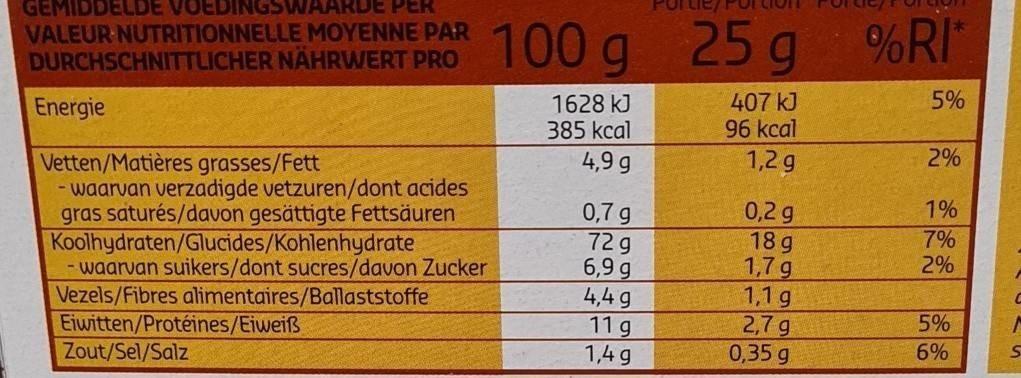
GEMIDDELDE VOEDINGSWAARDE PER VALEUR NUTRITIONNELLE MOYENNE PAR DURCHSCHNITTLICHER NAHRWERT PRO
100 g
25g
%RI
5%
Energie
1628 kJ 385 kcal
407 kJ 96 kcal
4,9 g
1,2g
2%
Vetten/Matières grasses/Fett - waarvan verzadigde vetzuren/dont acides gras saturés/davon gesättigte Fettsäuren Koolhydraten/Glucides/Kohlenhydrate - waarvan suikers/dont sucres/davon Zucker Vezels/Fibres alimentaires/Ballaststoffe Eiwitten/Protéines/Eiweiß Zout/Sel/Salz
1%
0,7 g 72g 6,9 g 4,4 g 11 g 1,4 g
0,2 g 18 g 1,7 g 1,1g 2,7 g 0,35 g
7% 2%
5%
6%